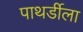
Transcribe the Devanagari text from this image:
पाथर्डीला